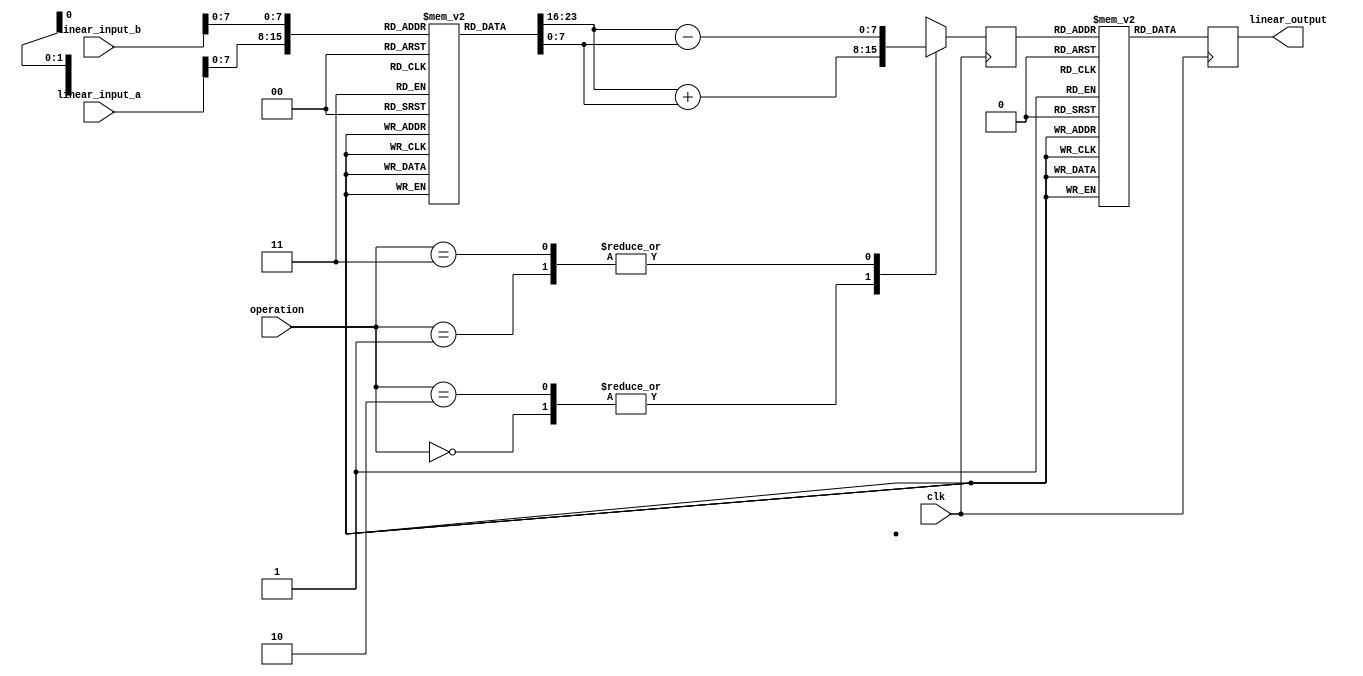
module LogarithmBasedDSPU (
    input  wire [15:0] linear_input_a,  // First Input
    input  wire [15:0] linear_input_b,  // Second Input
    input  wire [1:0]  operation,        // Operation selection: 00: Add, 01: Subtract, 10: Multiply, 11: Divide
    input  wire        clk,               // Clock signal
    output reg  [15:0] linear_output     // Output result in linear domain
);

    // Logarithmic and Exponential Look-up Tables (LUTs)
    reg [15:0] log_LUT[0:255];
    reg [15:0] exp_LUT[0:255];

    initial begin
        // Initialize LUTs (example values, may need to be filled with actual logarithm/exponential values)
        // Logarithm LUT (base 2 for example)
        log_LUT[0] = 0; // log(1)=0
        log_LUT[1] = 0; // log(2)=1
        // Fill in the rest ...

        // Exponential LUT (inverse of log)
        exp_LUT[0] = 1; // exp(0)=1
        exp_LUT[1] = 2; // exp(1)=2
        // Fill in the rest ...
    end

    reg [15:0] log_a;
    reg [15:0] log_b;
    reg [15:0] result_log;

    // Convert linear input to logarithmic domain
    always @(*) begin
        log_a = log_LUT[linear_input_a[7:0]]; // Simplify to 8 bits for LUT index
        log_b = log_LUT[linear_input_b[7:0]];
    end

    // Arithmetic operations based on selected operation
    always @(posedge clk) begin
        case (operation)
            2'b00: result_log <= log_a + log_b;     // Logarithmic addition
            2'b01: result_log <= log_a - log_b;     // Logarithmic subtraction
            2'b10: result_log <= log_a + log_b;     // Logarithmic multiplication (addition in log domain)
            2'b11: result_log <= log_a - log_b;     // Logarithmic division (subtraction in log domain)
            default: result_log <= 16'h0000;         // Default case
        endcase
    end

    // Convert result back to linear domain
    always @(posedge clk) begin
        linear_output <= exp_LUT[result_log[7:0]]; // Simplify to 8 bits for LUT index
    end

endmodule